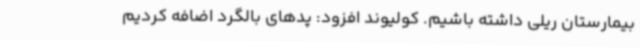
بیمارستان ریلی داشته باشیم. کولیوند افزود: پدهای بالگرد اضافه کردیم